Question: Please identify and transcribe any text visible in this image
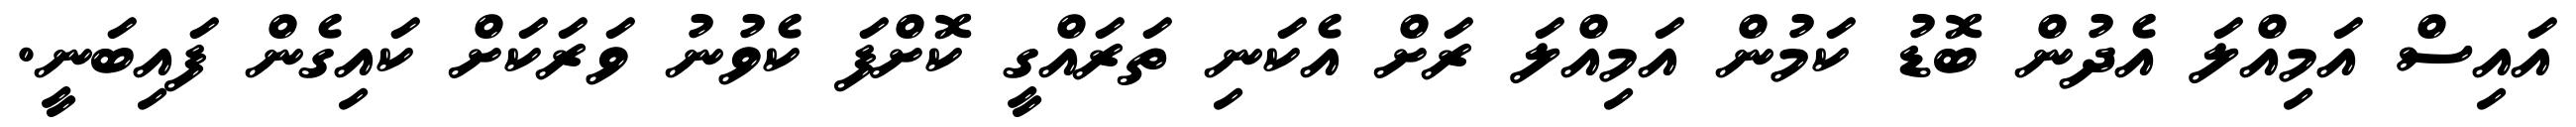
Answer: އައިސް އަމިއްލަ އެދުން ބޮޑު ކަމުން އަމިއްލަ ރަށް އެކަނި ތަރައްގީ ކޮށްފަ ކެވުނު ވަރަކަށް ކައިގެން ފައިބަނީ.